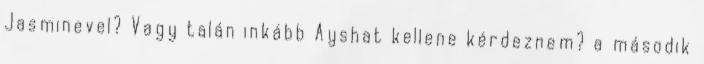
Jasminevel? Vagy talán inkább Ayshat kellene kérdeznem? a második